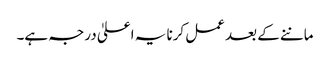
ماننے کے بعد عمل کرنا یہ اعلیٰ درجہ ہے۔